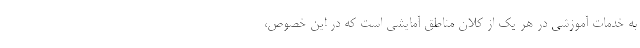
به خدمات آموزشی در هر یک از کلان مناطق آمایشی است که در این خصوص،